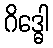
ဂိဒ္ဓေါ